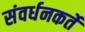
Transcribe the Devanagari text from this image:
संवर्धनकर्ते